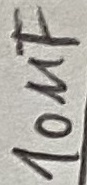
Text: 100µF